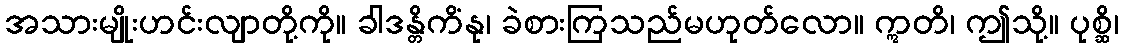
အသားမျိုးဟင်းလျာတို့ကို။ ခါဒန္တိကိံနု၊ ခဲစားကြသည်မဟုတ်လော။ ဣတိ၊ ဤသို့။ ပုစ္ဆိ၊